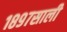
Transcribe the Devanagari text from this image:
१८९७साली